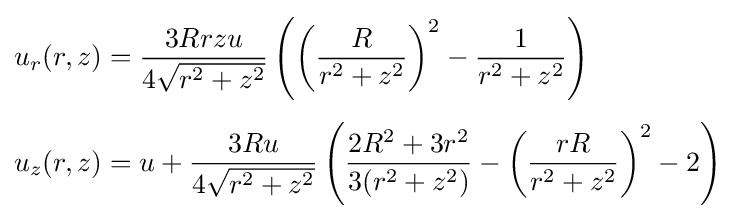
{\begin{aligned}u_{r}(r,z)&={\frac {3Rrzu}{4{\sqrt {r^{2}+z^{2}}}}}\left(\left({\frac {R}{r^{2}+z^{2}}}\right)^{2}-{\frac {1}{r^{2}+z^{2}}}\right)\\[4pt]u_{z}(r,z)&=u+{\frac {3Ru}{4{\sqrt {r^{2}+z^{2}}}}}\left({\frac {2R^{2}+3r^{2}}{3(r^{2}+z^{2})}}-\left({\frac {rR}{r^{2}+z^{2}}}\right)^{2}-2\right)\end{aligned}}